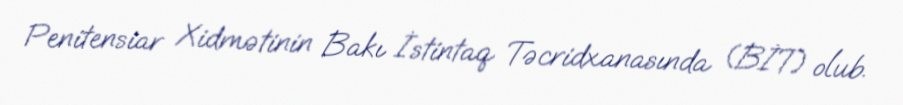
Penitensiar Xidmətinin Bakı İstintaq Təcridxanasında (BİT) olub.